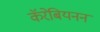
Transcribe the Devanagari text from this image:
कॅरेबियनन